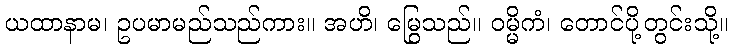
ယထာနာမ၊ ဥပမာမည်သည်ကား။ အဟိ၊ မြွေသည်။ ဝမ္မိကံ၊ တောင်ပို့တွင်းသို့။